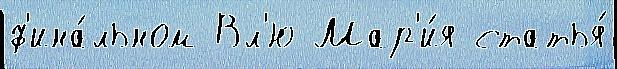
ф'ина́льном Вл'ю Мар'и́я статья́